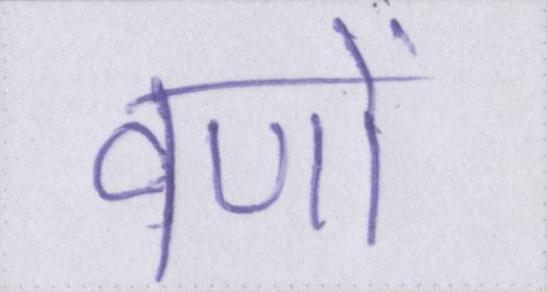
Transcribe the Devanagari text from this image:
वणों